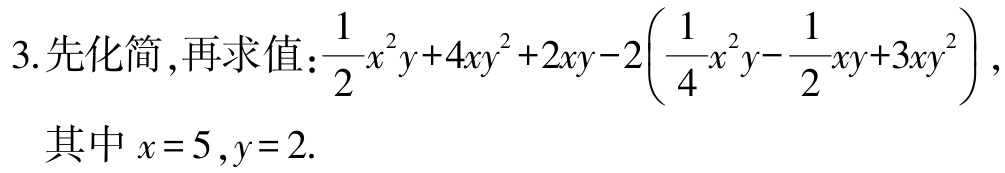
3.先化简,再求值:$\frac{1}{2}x^{2}y + 4xy^{2} + 2xy - 2\left(\frac{1}{4}x^{2}y - \frac{1}{2}xy + 3xy^{2}\right)$,

其中$x = 5,y = 2.$